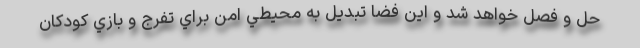
حل و فصل خواهد شد و اين فضا تبديل به محيطي امن براي تفرج و بازي كودكان